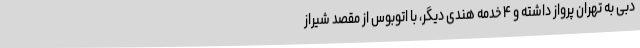
دبی به تهران پرواز داشته و ۴ خدمه هندی دیگر، با اتوبوس از مقصد شیراز